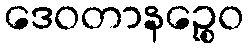
ဒေဝတာနဉ္စေဝ